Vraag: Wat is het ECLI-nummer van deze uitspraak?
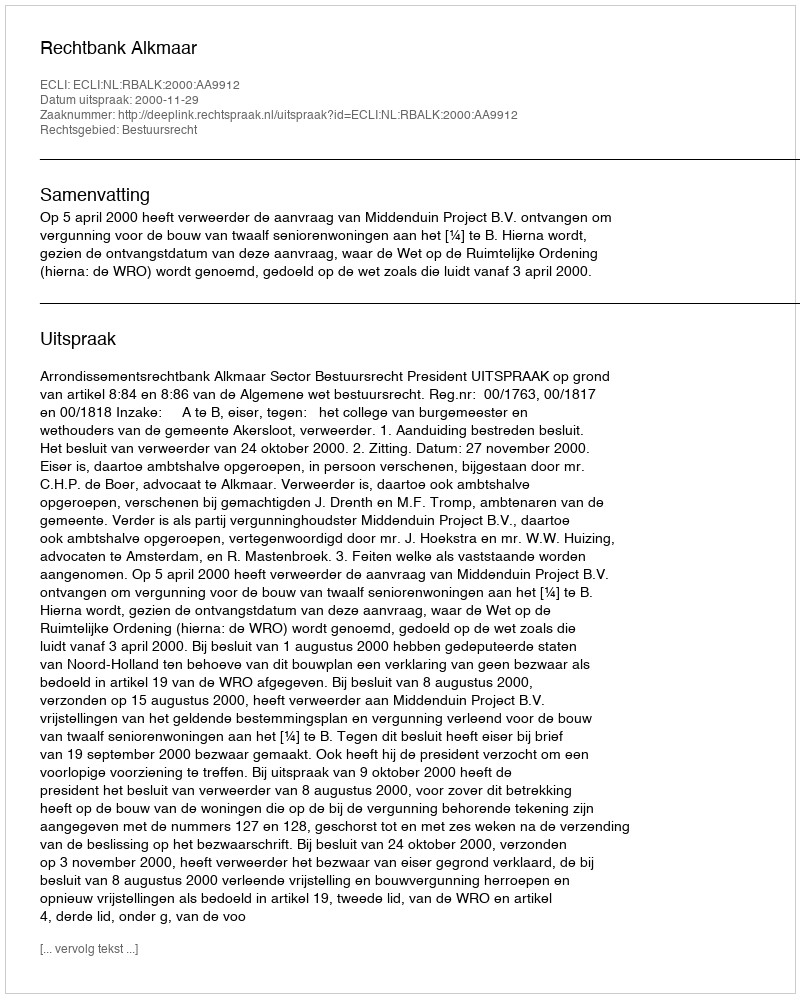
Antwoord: ECLI:NL:RBALK:2000:AA9912